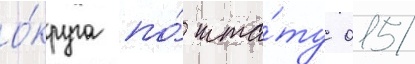
о́круга по́ шта́ту 015/